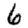
Digit: 6